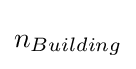
n_{Building}\,\!